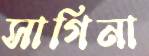
সাগিনা